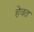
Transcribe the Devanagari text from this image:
हेवत